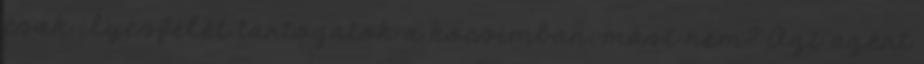
csak ilyesfélét tartogatok a kocsimban, mást nem? Azt azért